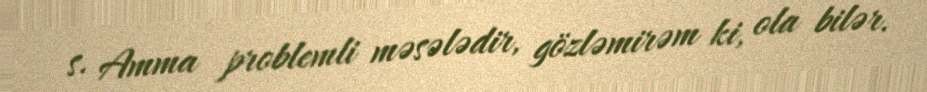
s. Amma problemli məsələdir, gözləmirəm ki, ola bilər.